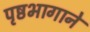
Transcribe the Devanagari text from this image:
पृष्ठभागाने